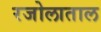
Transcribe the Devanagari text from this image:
रजोलाताल